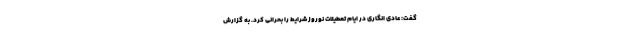
گفت: عادی انگاری در ایام تعطیلات نوروز شرایط را بحرانی کرد. به گزارش